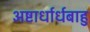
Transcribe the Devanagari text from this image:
अष्टार्धार्धबाहु